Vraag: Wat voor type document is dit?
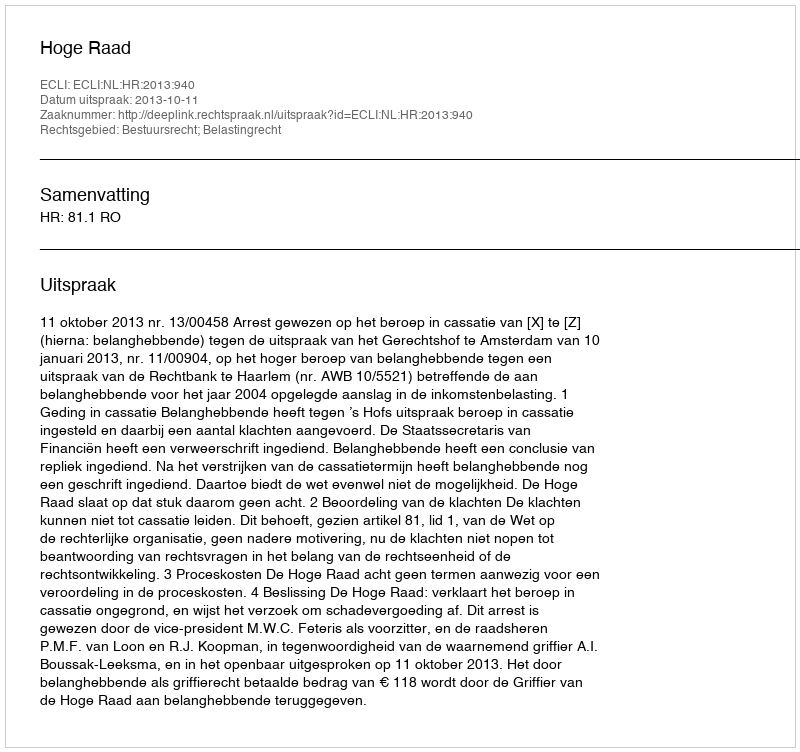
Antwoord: Uitspraak